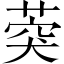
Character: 葖